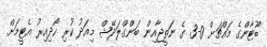
ބޫޓާންގެ މައްޗަށް 0-3 ގެ ނަތީޖާއިން ބަންގްލަދޭޝް މިއަދު ކުރި ހޯދިއިރު އެޓީމަށް